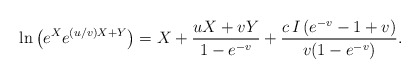
\begin{align*}\ln\left(e^X e^{(u/v)X+Y}\right) = X + {u X +v Y\over 1-e^{-v}} +{c \, I \, (e^{-v} -1 + v) \over v(1-e^{-v})}.\end{align*}